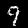
Label: 9